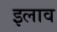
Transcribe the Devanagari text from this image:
इलाव